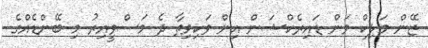
ޒޭން މަލިކް ވަން ޑައިރެކްޝަން އިން ވަކިވިތާ ދެ މަސްވީއިރު މި ބޭންޑެއްގެ